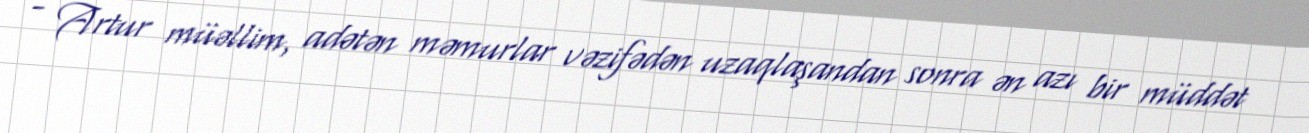
- Artur müəllim, adətən məmurlar vəzifədən uzaqlaşandan sonra ən azı bir müddət